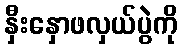
နှီးနှောဖလှယ်ပွဲကို